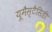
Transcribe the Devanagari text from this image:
यूमैस्टैसिडी